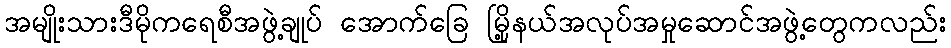
အမျိုးသားဒီမိုကရေစီအဖွဲ့ချုပ် အောက်ခြေ မြို့နယ်အလုပ်အမှုဆောင်အဖွဲ့တွေကလည်း